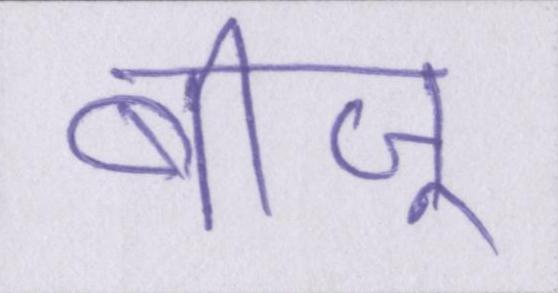
बीजू